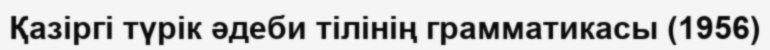
Қазіргі түрік әдеби тілінің грамматикасы (1956)